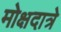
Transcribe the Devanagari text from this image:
मोक्षदात्रे